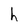
Character: h